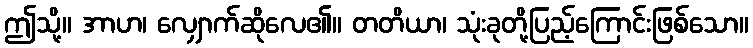
ဤသို့။ အာဟ၊ လျှောက်ဆိုလေ၏။ တတိယာ၊ သုံးခုတို့ပြည့်ကြောင်းဖြစ်သော။